Rangoon Lunatic Asylum 1898-1906 - 1898-1906
Year: 1898
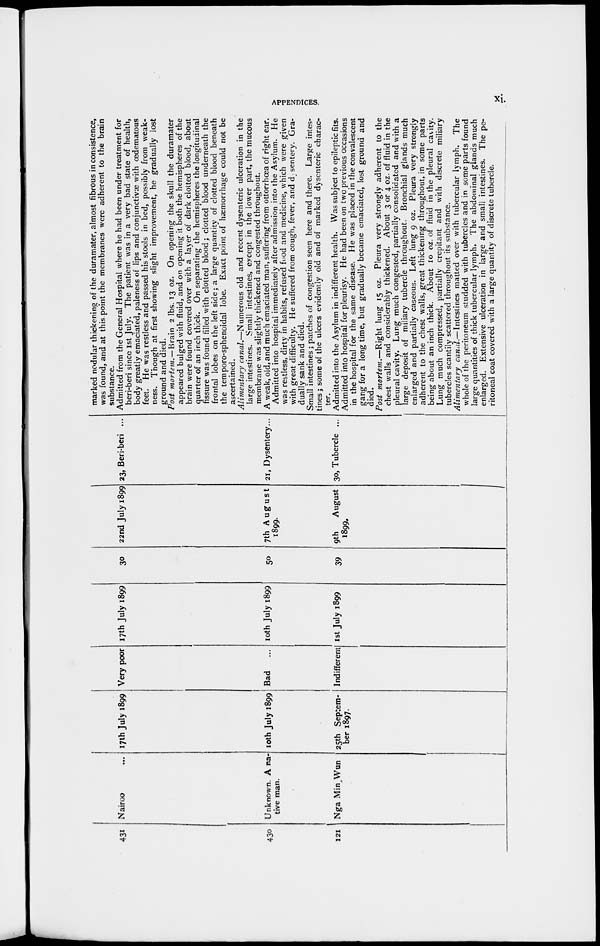
APPENDICES.
xi.
431
430
121
Nairoo ...
Unknown. A na-
tive man.
Nga MinWun
17th July 1899
10th July 1899
25th Septem-
ber 1897.
Very poor
Bad
...
Indifferent
17th July 1899
10th July 1899
1st July 1899
30
50
39
22nd July 1899
7th August
1899.
9th
August
1899.
23, Beri-beri ...
21, Dysentery...
30, Tubercle ...
marked nodular thickening of the duramater, almost fibrous in consistence,
was found, and at this point the membranes were adherent to the brain
substance.
Admitted from the General Hospital where he had been under treatment for
beri-beri since 1st July. The patient was in a very bad state of health,
body greatly emaciated, paleness of lips and conjunctivae with œdematous
feet. He was restless and passed his stools in bed, possibly from weak-
ness. Though at first showing slight improvement, he gradually lost
ground and died.
Post mortem.—Brain
2 lbs. 13 oz. On opening the skull the duramater
appeared bulged with fluid, and on opening it both the hemispheres of the
brain were found covered over with a layer of dark clotted blood, about
quarter of an inch thick. On separating the hemispheres the longitudinal
fissure was found filled with clotted blood; clotted blood underneath the
frontal lobes on the left side; a large quantity of clotted blood beneath
the temporo-sphenoidal lobe. Exact point of haemorrhage could not be
ascertained.
Alimentary canal.—Numerous
old and recent dysenteric ulceration in the
large intestines. Small intestines, except in the lower part, the mucous
membrane was slightly thickened and congested throughout.
A weak, old, and much emaciated man, suffering from ottorrhœa of right ear.
Admitted into hospital immediately after admission into the Asylum. He
was restless, dirty in habits, refused food and medicine, which were given
with great difficulty. He suffered from cough, fever, and disentery. Gra-
dually sank and died.
Small intestines; patches of congestion seen here and there. Large intes-
tines 5 some of the ulcers evidently old and of marked dysenteric charac-
ter.
Admitted into the Asylum in indifferent health. Was subject to epileptic fits.
Admitted into hospital for pleurisy. He had been on two previous occasions
in the hospital for the same disease. He was placed in the convalescent
gang for a long time, but gradually became emaciated, lost ground and
died.
Post mortem.—Right
lung 15 oz. Pleura very strongly adherent to the
chest walls and considerably thickened. About 3 or 4 oz. of fluid in the
pleural cavity. Lung much congested, partially consolidated and with a
large deposit of miliary tubercle throughout. Bronchial glands much
enlarged and partially caseous. Left lung 9 oz. Pleura very strongly
adherent to the chest walls, great thickening throughout, in some parts
being about an inch thick. About 10 oz. of fluid in the pleural cavity.
Lung much compressed, partially crepitant and with discrete miliary
tubercles scantily scattered throughout its substance.
Alimentary
canal.—Intestines
matted over with tubercular lymph.
The
whole of the peritoneum studded with tubercles and in some parts found
large quantities of thick tubercular lymph. The abdominal glands much
enlarged. Extensive ulceration in large and small intestines. The pe
ritoneal coat covered with a large quantity of discrete tubercle.